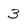
Character: 3